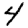
Digit: 4